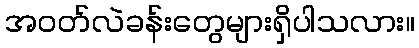
အဝတ်လဲခန်းတွေများရှိပါသလား။